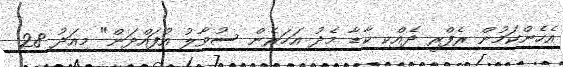
އެހެންކަމުން ރެފްރީ ދެއްކި ކާޑާ މެދު އަހަރެން ސުވާލު އުފައްދަން" މިއަދު 28